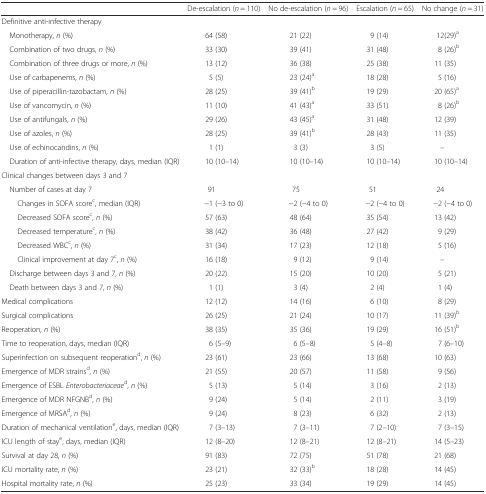
<table><thead><tr><td></td><td><b>De-escalation (<i>n</i> = 110)</b></td><td><b>No de-escalation (<i>n</i> = 96)</b></td><td><b>Escalation (<i>n</i> = 65)</b></td><td><b>No change (<i>n</i> = 31)</b></td></tr></thead><tbody><tr><td colspan="5">Definitive anti-infective therapy</td></tr><tr><td> Monotherapy, <i>n</i> (%)</td><td>64 (58)</td><td>21 (22)</td><td>9 (14)</td><td>12(29)<sup>a</sup></td></tr><tr><td> Combination of two drugs, <i>n</i> (%)</td><td>33 (30)</td><td>39 (41)</td><td>31 (48)</td><td>8 (26)<sup>b</sup></td></tr><tr><td> Combination of three drugs or more, <i>n</i> (%)</td><td>13 (12)</td><td>36 (38)</td><td>25 (38)</td><td>11 (35)</td></tr><tr><td> Use of carbapenems, <i>n</i> (%)</td><td>5 (5)</td><td>23 (24)<sup>a</sup></td><td>18 (28)</td><td>5 (16)</td></tr><tr><td> Use of piperacillin-tazobactam, <i>n</i> (%)</td><td>28 (25)</td><td>39 (41)<sup>b</sup></td><td>19 (29)</td><td>20 (65)<sup>a</sup></td></tr><tr><td> Use of vancomycin, <i>n</i> (%)</td><td>11 (10)</td><td>41 (43)<sup>a</sup></td><td>33 (51)</td><td>8 (26)<sup>b</sup></td></tr><tr><td> Use of antifungals, <i>n</i> (%)</td><td>29 (26)</td><td>43 (45)<sup>a</sup></td><td>31 (48)</td><td>12 (39)</td></tr><tr><td> Use of azoles, <i>n</i> (%)</td><td>28 (25)</td><td>39 (41)<sup>b</sup></td><td>28 (43)</td><td>11 (35)</td></tr><tr><td> Use of echinocandins, <i>n</i> (%)</td><td>1 (1)</td><td>3 (3)</td><td>3 (5)</td><td>–</td></tr><tr><td> Duration of anti-infective therapy, days, median (IQR)</td><td>10 (10–14)</td><td>10 (10–14)</td><td>10 (10–14)</td><td>10 (10–14)</td></tr><tr><td colspan="5">Clinical changes between days 3 and 7</td></tr><tr><td> Number of cases at day 7</td><td>91</td><td>75</td><td>51</td><td>24</td></tr><tr><td>Changes in SOFA score<sup>c</sup>, median (IQR)</td><td>−1 (−3 to 0)</td><td>−2 (−4 to 0)</td><td>−2 (−4 to 0)</td><td>−2 (−4 to 0)</td></tr><tr><td>Decreased SOFA score<sup>c</sup>, <i>n</i> (%)</td><td>57 (63)</td><td>48 (64)</td><td>35 (54)</td><td>13 (42)</td></tr><tr><td>Decreased temperature<sup>c</sup>, <i>n</i> (%)</td><td>38 (42)</td><td>36 (48)</td><td>27 (42)</td><td>9 (29)</td></tr><tr><td>Decreased WBC<sup>c</sup>, <i>n</i> (%)</td><td>31 (34)</td><td>17 (23)</td><td>12 (18)</td><td>5 (16)</td></tr><tr><td>Clinical improvement at day 7<sup>c</sup>, <i>n</i> (%)</td><td>16 (18)</td><td>9 (12)</td><td>9 (14)</td><td>–</td></tr><tr><td> Discharge between days 3 and 7, <i>n</i> (%)</td><td>20 (22)</td><td>15 (20)</td><td>10 (20)</td><td>5 (21)</td></tr><tr><td> Death between days 3 and 7, <i>n</i> (%)</td><td>1 (1)</td><td>3 (4)</td><td>2 (4)</td><td>1 (4)</td></tr><tr><td>Medical complications</td><td>12 (12)</td><td>14 (16)</td><td>6 (10)</td><td>8 (29)</td></tr><tr><td>Surgical complications</td><td>26 (25)</td><td>21 (24)</td><td>10 (17)</td><td>11 (39)<sup>b</sup></td></tr><tr><td>Reoperation, <i>n</i> (%)</td><td>38 (35)</td><td>35 (36)</td><td>19 (29)</td><td>16 (51)<sup>b</sup></td></tr><tr><td>Time to reoperation, days, median (IQR)</td><td>6 (5–9)</td><td>6 (5–8)</td><td>5 (4–8)</td><td>7 (6–10)</td></tr><tr><td>Superinfection on subsequent reoperation<sup>d</sup>, <i>n</i> (%)</td><td>23 (61)</td><td>23 (66)</td><td>13 (68)</td><td>10 (63)</td></tr><tr><td>Emergence of MDR strains<sup>d</sup>, <i>n</i> (%)</td><td>21 (55)</td><td>20 (57)</td><td>11 (58)</td><td>9 (56)</td></tr><tr><td>Emergence of ESBL <i>Enterobacteriaceae</i><sup>d</sup>, <i>n</i> (%)</td><td>5 (13)</td><td>5 (14)</td><td>3 (16)</td><td>2 (13)</td></tr><tr><td>Emergence of MDR NFGNB<sup>d</sup>, <i>n</i> (%)</td><td>9 (24)</td><td>5 (14)</td><td>2 (11)</td><td>3 (19)</td></tr><tr><td>Emergence of MRSA<sup>d</sup>, <i>n</i> (%)</td><td>9 (24)</td><td>8 (23)</td><td>6 (32)</td><td>2 (13)</td></tr><tr><td>Duration of mechanical ventilation<sup>e</sup>, days, median (IQR)</td><td>7 (3–13)</td><td>7 (3–11)</td><td>7 (2–10)</td><td>7 (3–15)</td></tr><tr><td>ICU length of stay<sup>e</sup>, days, median (IQR)</td><td>12 (8–20)</td><td>12 (8–21)</td><td>12 (8–21)</td><td>14 (5–23)</td></tr><tr><td>Survival at day 28, <i>n</i> (%)</td><td>91 (83)</td><td>72 (75)</td><td>51 (78)</td><td>21 (68)</td></tr><tr><td>ICU mortality rate, <i>n</i> (%)</td><td>23 (21)</td><td>32 (33)<sup>b</sup></td><td>18 (28)</td><td>14 (45)</td></tr><tr><td>Hospital mortality rate, <i>n</i> (%)</td><td>25 (23)</td><td>33 (34)</td><td>19 (29)</td><td>14 (45)</td></tr></tbody></table>